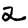
Digit: 2